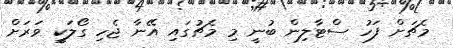
މެޗަށް ފަހު ސްޓާލިން ބުނީ މި މެޗުގައި އޭނާ ޖެހި ގޯލަކީ ވަރަށް